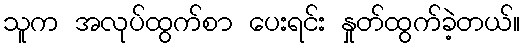
သူက အလုပ်ထွက်စာ ပေးရင်း နှုတ်ထွက်ခဲ့တယ်။